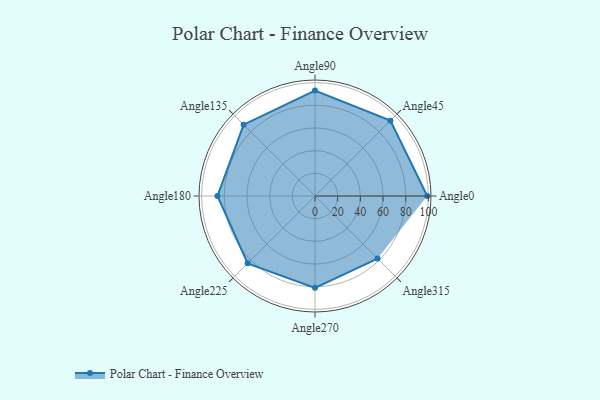
{"axis": {"x": "Angle", "y": "Radius"}, "legend": [""], "data": [{"x": "Angle0", "y": 99.0, "type": ""}, {"x": "Angle45", "y": 94.0, "type": ""}, {"x": "Angle90", "y": 93.0, "type": ""}, {"x": "Angle135", "y": 89.0, "type": ""}, {"x": "Angle180", "y": 86.0, "type": ""}, {"x": "Angle225", "y": 84.0, "type": ""}, {"x": "Angle270", "y": 81.0, "type": ""}, {"x": "Angle315", "y": 78.0, "type": ""}]}